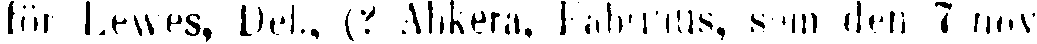
för Lewes, Del., (? Ahkera, Fabritius, som den 7 nov